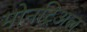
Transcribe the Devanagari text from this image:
मोनट्रिअल